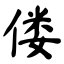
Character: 偻